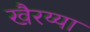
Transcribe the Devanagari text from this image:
खैरय्या